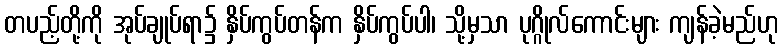
တပည့်တို့ကို အုပ်ချုပ်ရာ၌ နှိပ်ကွပ်တန်က နှိပ်ကွပ်ပါ၊ သို့မှသာ ပုဂ္ဂိုလ်ကောင်းများ ကျန်ခဲ့မည်ဟု